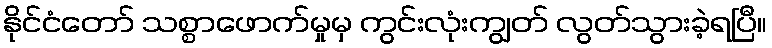
နိုင်ငံတော် သစ္စာဖောက်မှုမှ ကွင်းလုံးကျွတ် လွတ်သွားခဲ့ရပြီ။